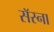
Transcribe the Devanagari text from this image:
सॅस्ना